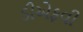
ડીએફવી